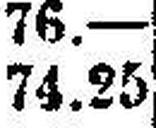
74.25